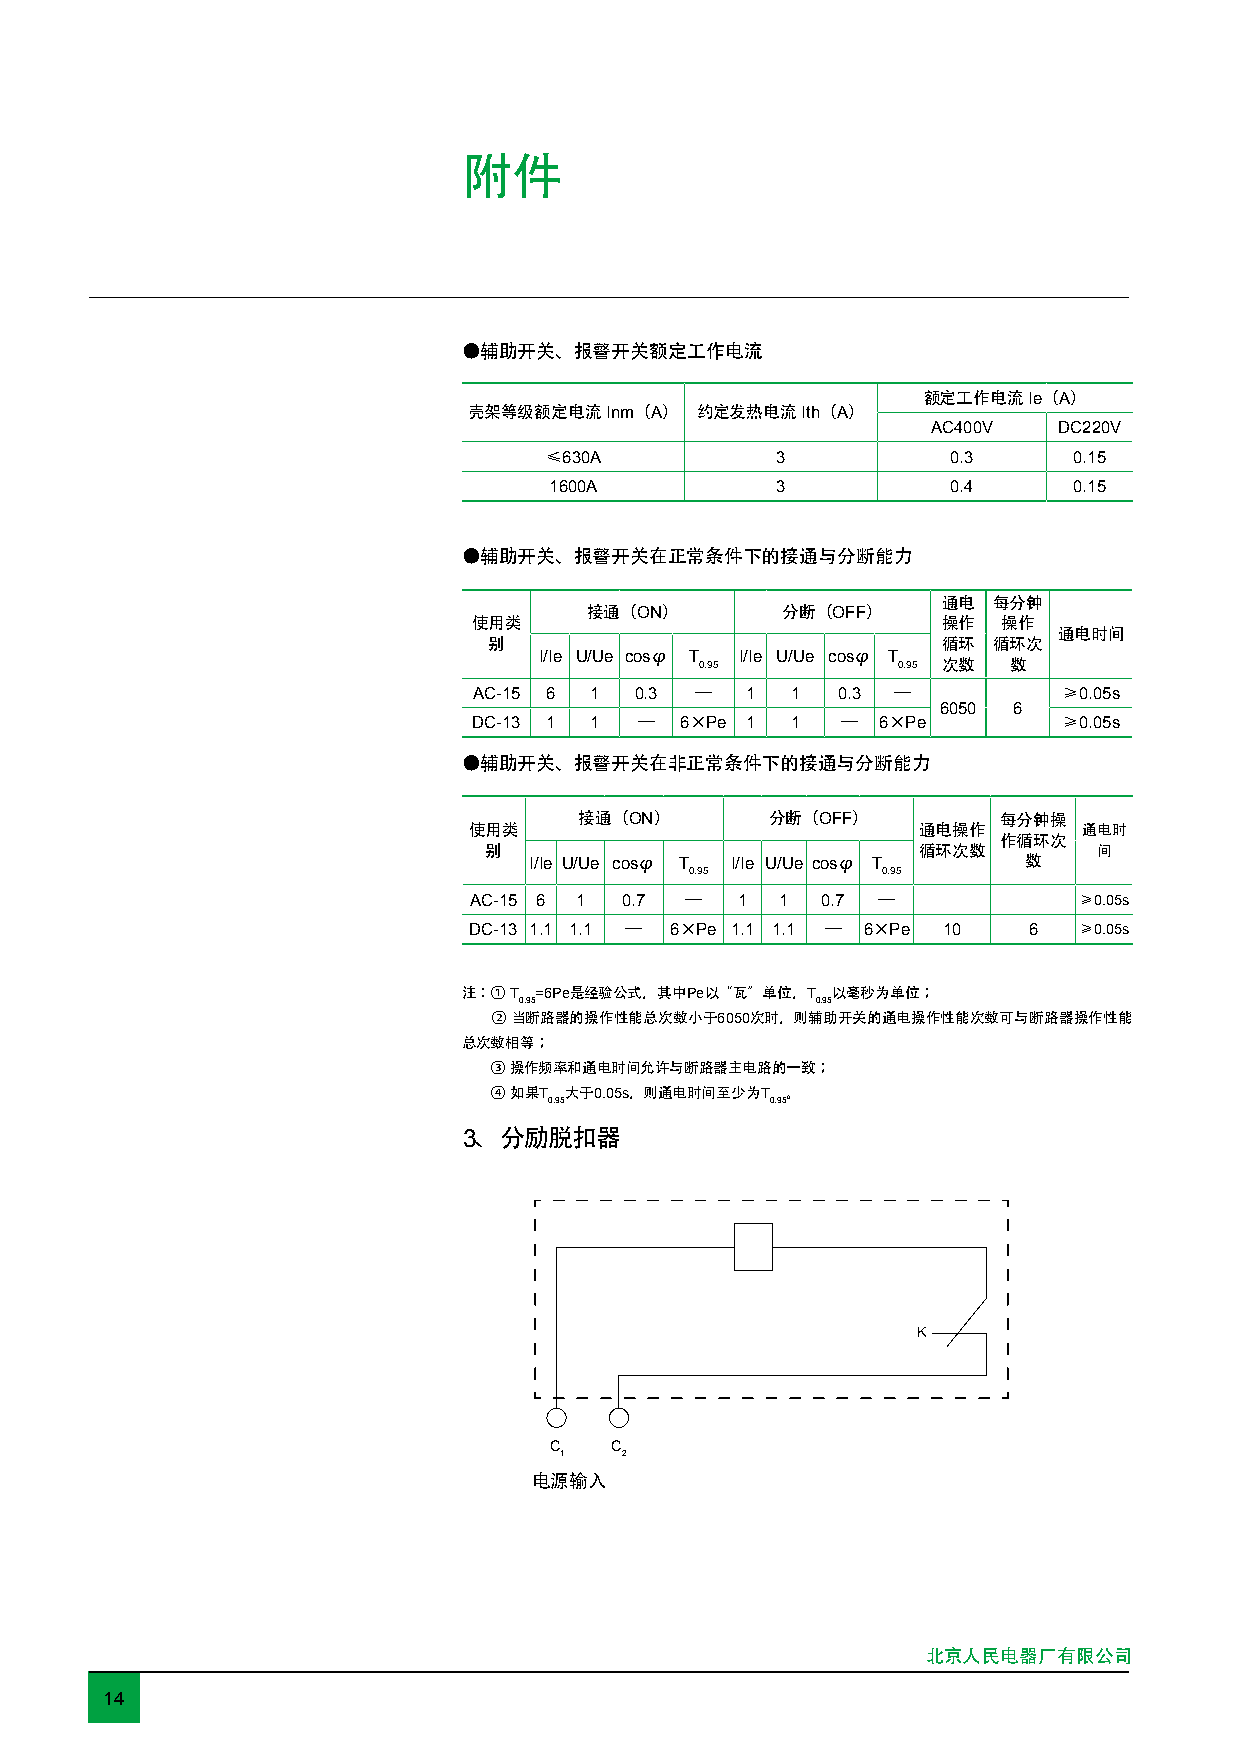
附件
 ●辅助开关、报警开关额定工作电流
 额定工作电流 Ie（A）
 壳架等级额定电流 Inm（A） 约定发热电流 Ith（A）
 AC400V  DC220V
 ≤630A          3           0.3     0.15
 1600A          3           0.4     0.15
 ●辅助开关、报警开关在正常条件下的接通与分断能力
 通电  每分钟
 接通（ON）       分断（OFF）
 使用类                            操作  操作
 通电时间
 别                             循环  循环次
 I/Ie U/Ue cosφ T I/Ie U/Ue cosφ T
 0.95         0.95 次数 数
 AC-15 6 1  0.3 —  1  1  0.3 —          ≥0.05s
 6050 6
 DC-13 1 1  —  6×Pe 1 1   — 6×Pe        ≥0.05s
 ●辅助开关、报警开关在非正常条件下的接通与分断能力
 接通（ON）       分断（OFF）        每分钟操
 使用类                           通电操作       通电时
 作循环次
 别                            循环次数        间
 I/Ie U/Ue cosφ T I/Ie U/Ue cosφ T 数
 0.95        0.95
 AC-15 6 1 0.7 —   1  1 0.7 —            ≥0.05s
 DC-13 1.1 1.1 — 6×Pe 1.1 1.1 — 6×Pe 10 6 ≥0.05s
 注：① T =6Pe是经验公式，其中Pe以“瓦”单位，T 以毫秒为单位；
 0.95                0.95
 ②当断路器的操作性能总次数小于6050次时，则辅助开关的通电操作性能次数可与断路器操作性能
 总次数相等；
 ③ 操作频率和通电时间允许与断路器主电路的一致；
 ④ 如果T 大于0.05s，则通电时间至少为T 。
 0.95           0.95
 3、分励脱扣器
 K
 C   C
 1   2
 电源输入
 北京人民电器厂有限公司
 14